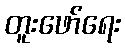
တူးဖော်ရေး